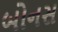
બોનસ